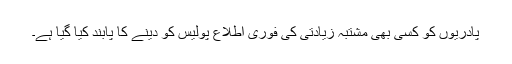
پادریوں کو کسی بھی مشتبہ زیادتی کی فوری اطلاع پولیس کو دینے کا پابند کیا گیا ہے۔